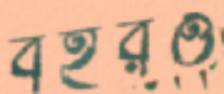
বহরও